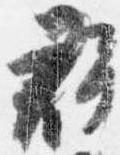
群